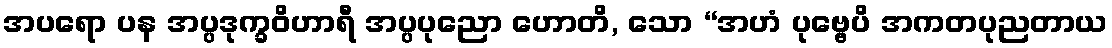
အပရော ပန အပ္ပဒုက္ခဝိဟာရီ အပ္ပပုညော ဟောတိ, သော “အဟံ ပုဗ္ဗေပိ အကတပုညတာယ